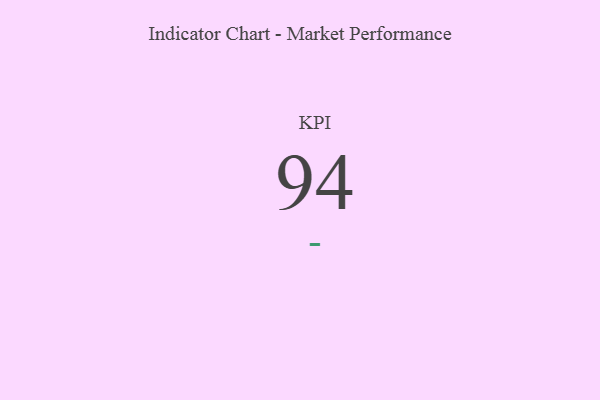
{"axis": {"x": "KPI", "y": "Value"}, "legend": [""], "data": [{"x": "KPI", "y": 94, "type": ""}]}